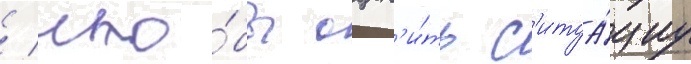
/ что́бы оцен'и́ть с'итуа́циу